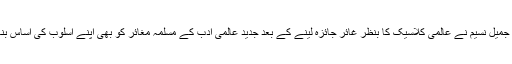
سلطان جمیل نسیم نے عالمی کلاسیک کا بنظر غائر جائزہ لینے کے بعد جدید عالمی ادب کے مسلمہ مغائر کو بھی اپنے اسلوب کی اساس بنایا ہے۔